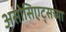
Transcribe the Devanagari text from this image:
असोसिएट्सच्या